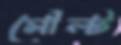
মৌল্ট